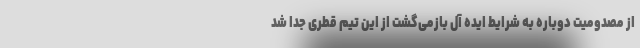
از مصدومیت دوباره به شرایط ایده آل بازمی‌گشت از این تیم قطری جدا شد